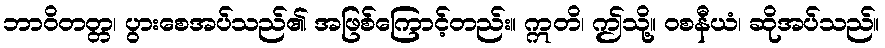
ဘာဝိတတ္တ၊ ပွားစေအပ်သည်၏ အဖြစ်ကြောင့်တည်း။ ဣတိ၊ ဤသို့။ ဝစနီယံ၊ ဆိုအပ်သည်။